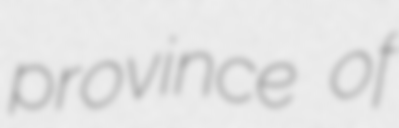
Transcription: province of